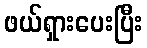
ဖယ်ရှားပေးပြီး